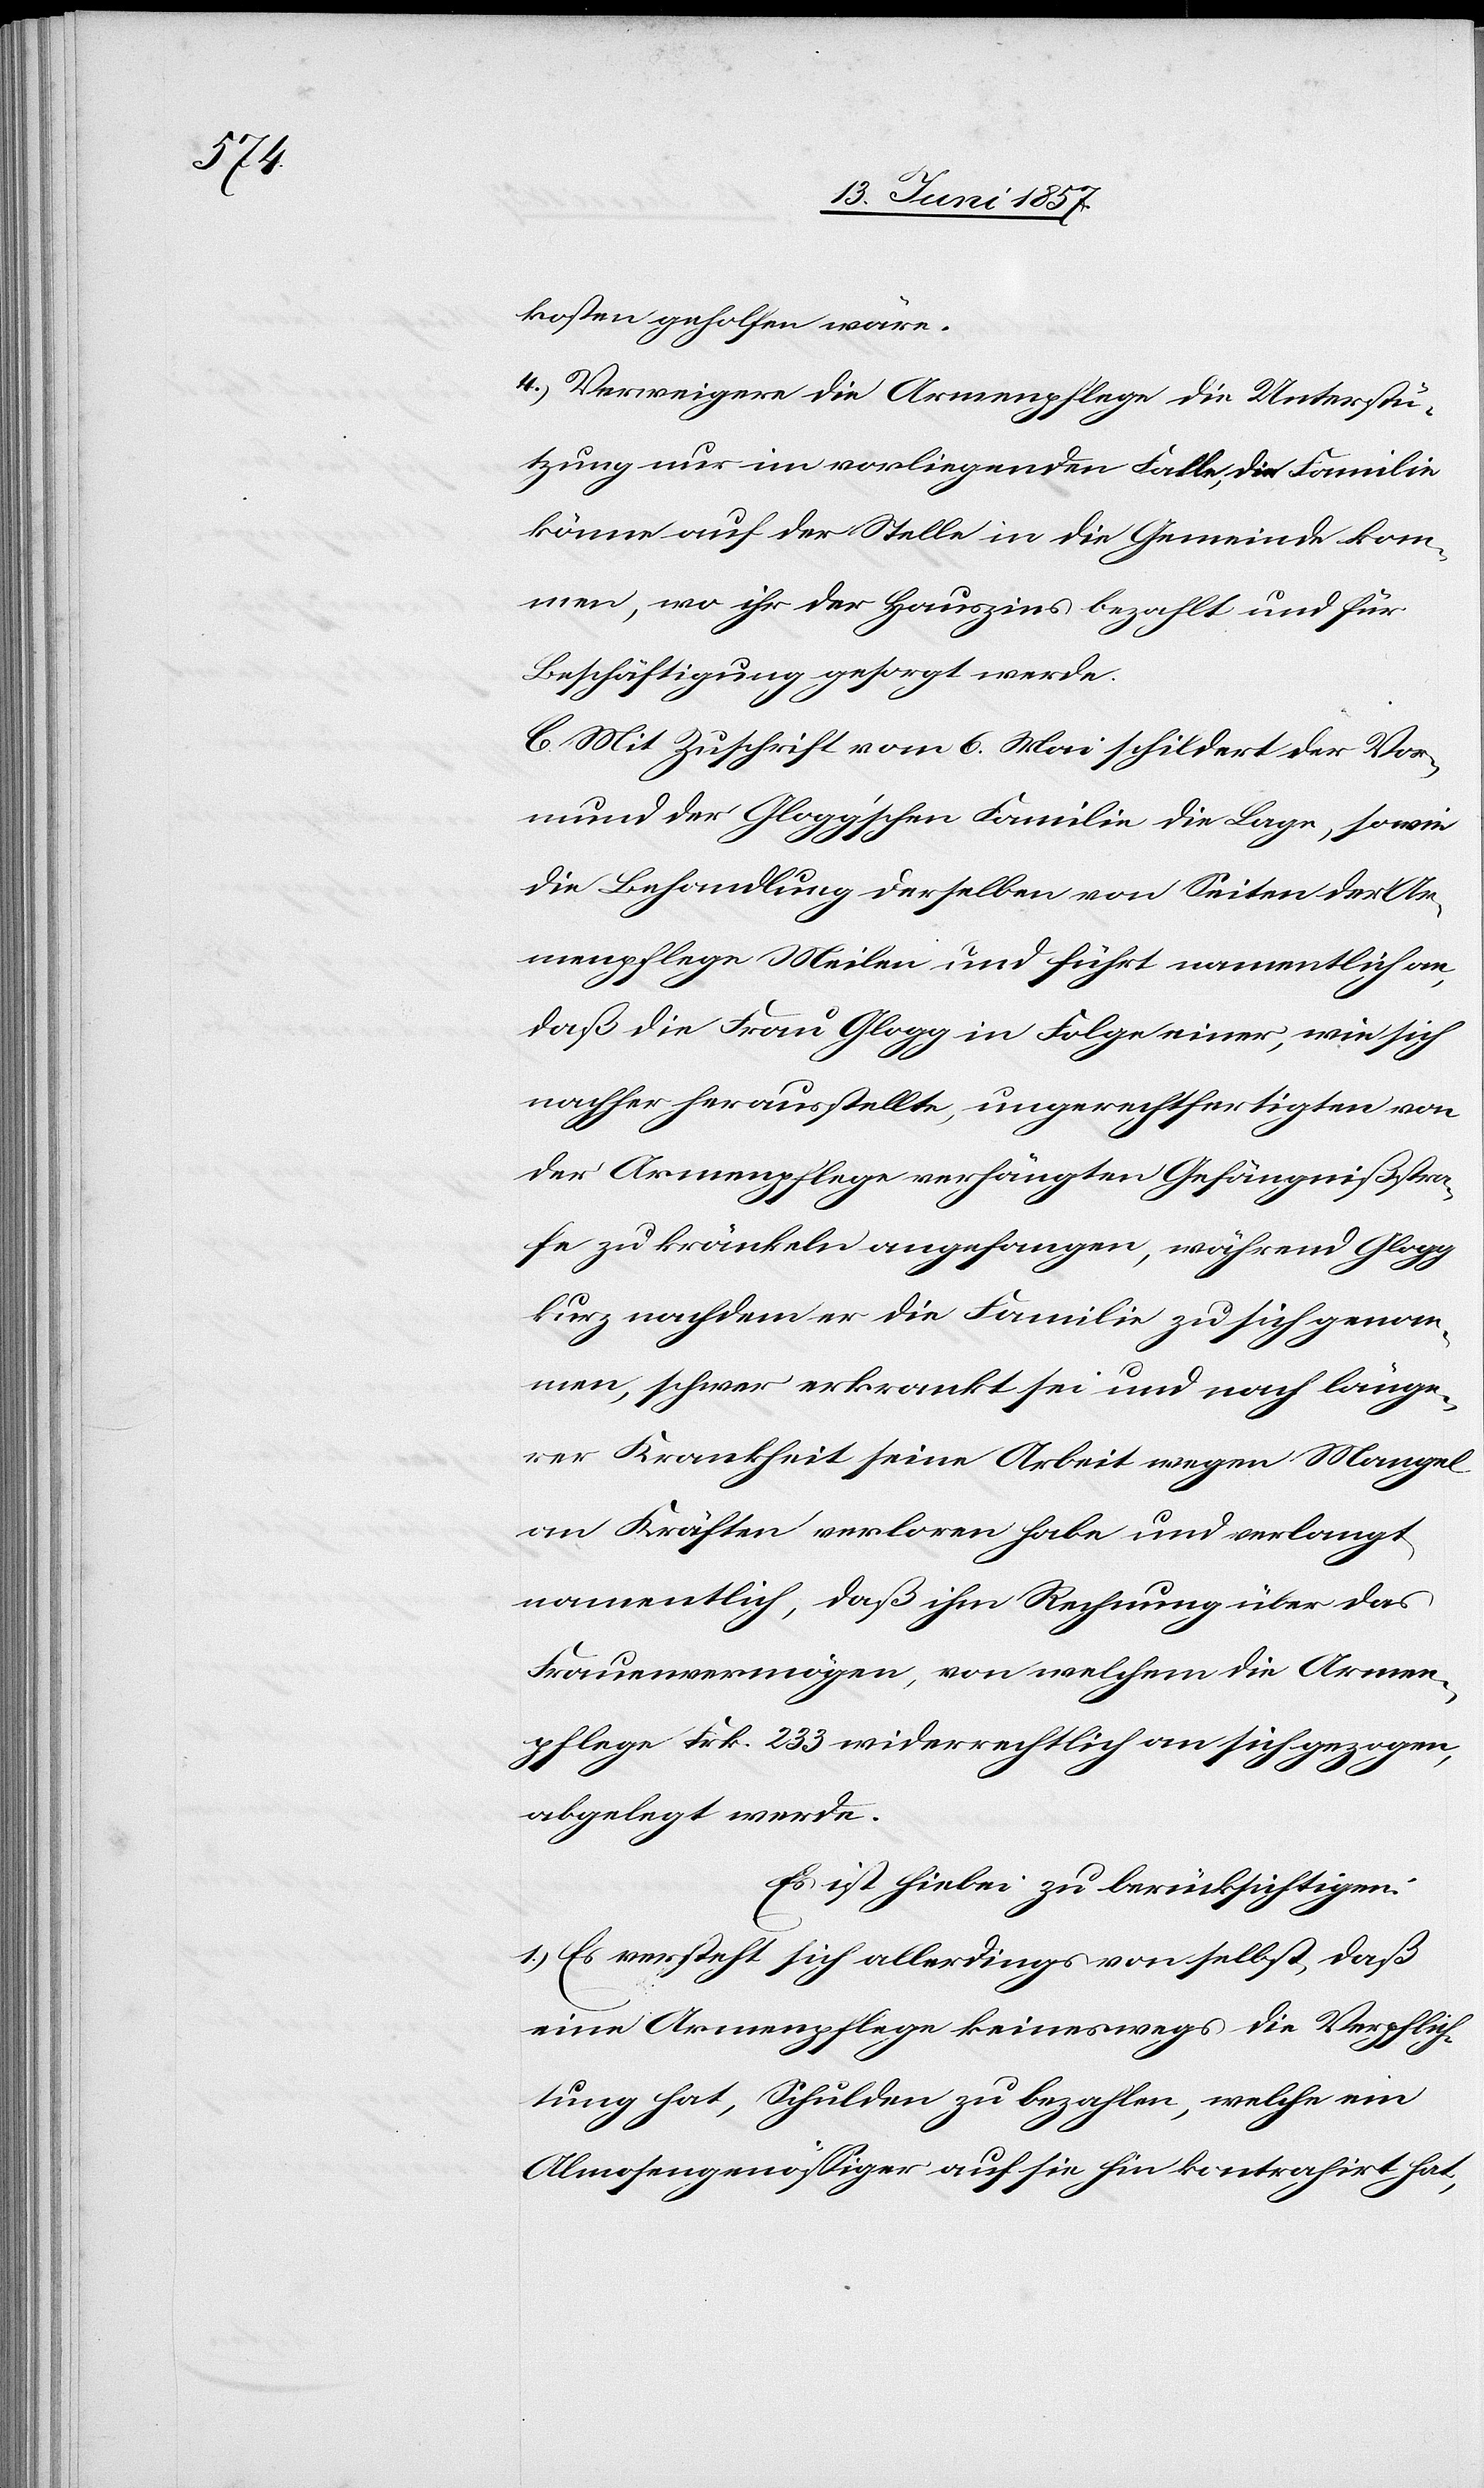
kosten geholfen wäre.
4.) Verweigere die Armenpflege die Unterstü¬
tzung nur im vorliegenden Falle, die Familie
könne auf der Stelle in die Gemeinde kom¬
men, wo ihr der Hauszins bezahlt und für
Beschäftigung gesorgt werde.
C. Mit Zuschrift vom 6 Mai schilderte der Vor¬
mund der Glogg’schen Familie die Lage, sowie
die Behandlung derselben von Seiten der Ar¬
menpflege Meilen und führt namentlich an,
daß die Frau Glogg in Folge einer, wie sich
nachher ausstellte, ungerechtfertigten von
der Armenpflege verhängten Gefängnißstra¬
fe zu kränkeln angefangen, während Glogg
kurz nachdem er die Familie zu sich genom¬
men, schwer erkrankt sei und nach länge¬
rer Krankheit seine Arbeit wegen Mangel
an Kräften verloren habe und verlangt
namentlich; daß ihm die Rechnung über das
Frauenvermögen, von welchem die Armen¬
pflege Frk. 233 widerrechtlich an sich gezogen,
abgelegt werde.
Es ist hiebei zu berücksichtigen:
1.) Es versteht sich allerdings von selbst, daß
eine Armenpflege keineswegs die Verpflich¬
tung hat, Schulden zu bezahlen, welche ein
Almosengenössiger auf sie hin kontrahirt hat,